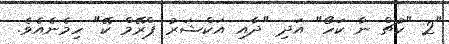
"2 "ކުޗް ނާ ކަހޯ" އަދި "ދާއި އަކްޝަރު ޕްރޭމް ކޭ" ހިމެނެއެވެ.